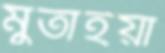
মুতাইয়া